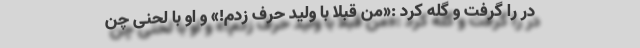
در را گرفت و گله کرد :«من قبلاً با ولید حرف زدم!» و او با لحنی چن